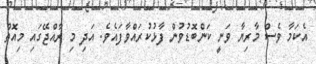
އެކަމާ ވެސް މާރިޔާ ވަނީ ކަންބޮޑުވުން ފާޅުކުރައްވާފައެވެ. އަދި މި ރާއްޖޭގައި މިއޮތް